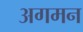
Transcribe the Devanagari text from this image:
अगमन